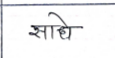
मजकूर: साधे